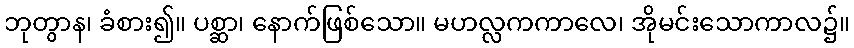
ဘုတွာန၊ ခံစား၍။ ပစ္ဆာ၊ နောက်ဖြစ်သော။ မဟလ္လကကာလေ၊ အိုမင်းသောကာလ၌။